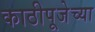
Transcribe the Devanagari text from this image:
काठीपूजेच्या